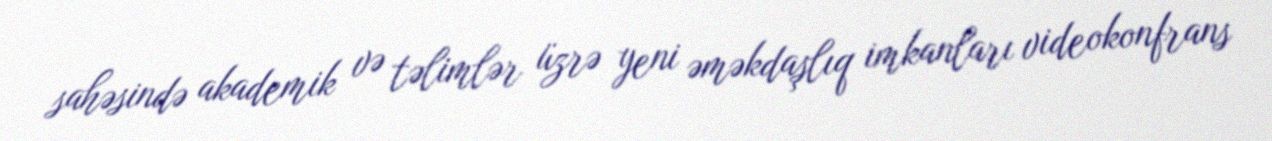
sahəsində akademik və təlimlər üzrə yeni əməkdaşlıq imkanları videokonfrans